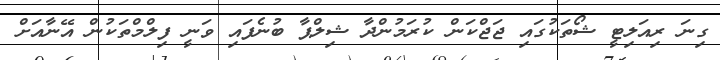
ގިނަ ރިއަލިޓީ ޝޯތަކުގައި ޖަޖްކަން ކުރަމުންދާ ޝިލްޕާ ބުނެފައި ވަނީ ފިލްމްތަކުން އޭނާއަށް